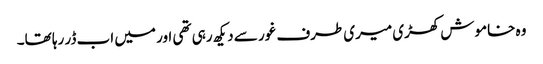
وہ خاموش کھڑی میری طرف غور سے دیکھ رہی تھی اور میں اب ڈر رہا تھا۔